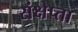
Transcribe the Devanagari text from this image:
संक्षेप्ता